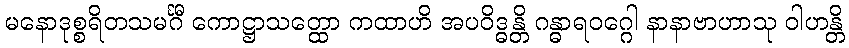
မနောဒုစ္စရိတသမင်္ဂီ ကောဋ္ဌာသတ္ထော ကထာဟိ အပဝိဒ္ဓန္တိ ဂန္ဓာရဝဂ္ဂေါ နာနာဗာဟာသု ဝါဟန္တိ